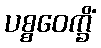
ပစ္စဝေက္ခိံ